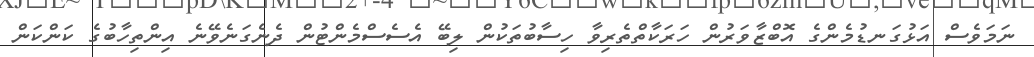
ނަމަވެސް އަޅުގަނޑުމެންގެ އޮބްޒާވަރުން ހަރަކާތްތެރިވާ ހިސާބުތަކުން ލިބޭ އެސެސްމެންޓުން ދެނެގަނެވޭނެ އިންތިހާބުގެ ކަންކަން